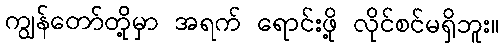
ကျွန်တော်တို့မှာ အရက် ရောင်းဖို့ လိုင်စင်မရှိဘူး။